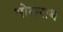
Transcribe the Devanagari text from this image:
भोरानाथ